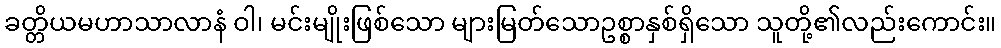
ခတ္တိယမဟာသာလာနံ ဝါ၊ မင်းမျိုးဖြစ်သော များမြတ်သောဥစ္စာနှစ်ရှိသော သူတို့၏လည်းကောင်း။